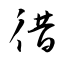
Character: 徣